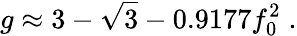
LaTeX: g\approx 3-\sqrt 3-0.9177f_{0}^{2}\; .